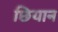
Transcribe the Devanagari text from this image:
छियान